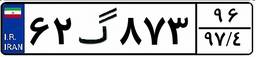
۶۲گ۸۷۳۹۶